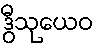
ဒွီသုယေဝ